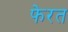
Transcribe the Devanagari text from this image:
फेरत